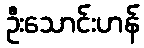
ဦးသောင်းဟန်